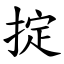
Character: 掟